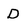
Character: D